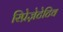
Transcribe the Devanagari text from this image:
रिप्रेज़ेटेटिव